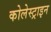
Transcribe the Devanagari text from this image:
कोलेस्ट्राइन